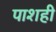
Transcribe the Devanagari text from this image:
पाशही